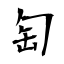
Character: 匋